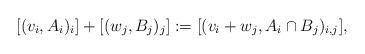
LaTeX: \begin{align*}[(v_i,A_i)_i]+[(w_j,B_j)_{j}]:=[(v_i+w_j,A_i\cap B_j)_{i,j}],\end{align*}